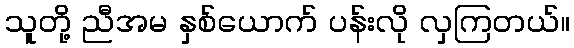
သူတို့ ညီအမ နှစ်ယောက် ပန်းလို လှကြတယ်။